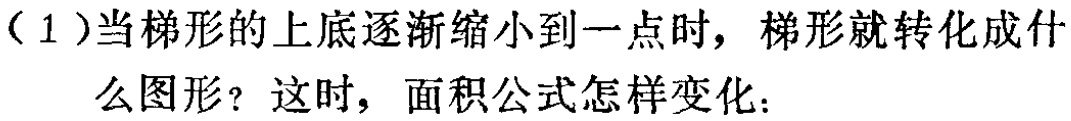
（1）当梯形的上底逐渐缩小到一点时，梯形就转化成什么图形？这时，面积公式怎样变化：